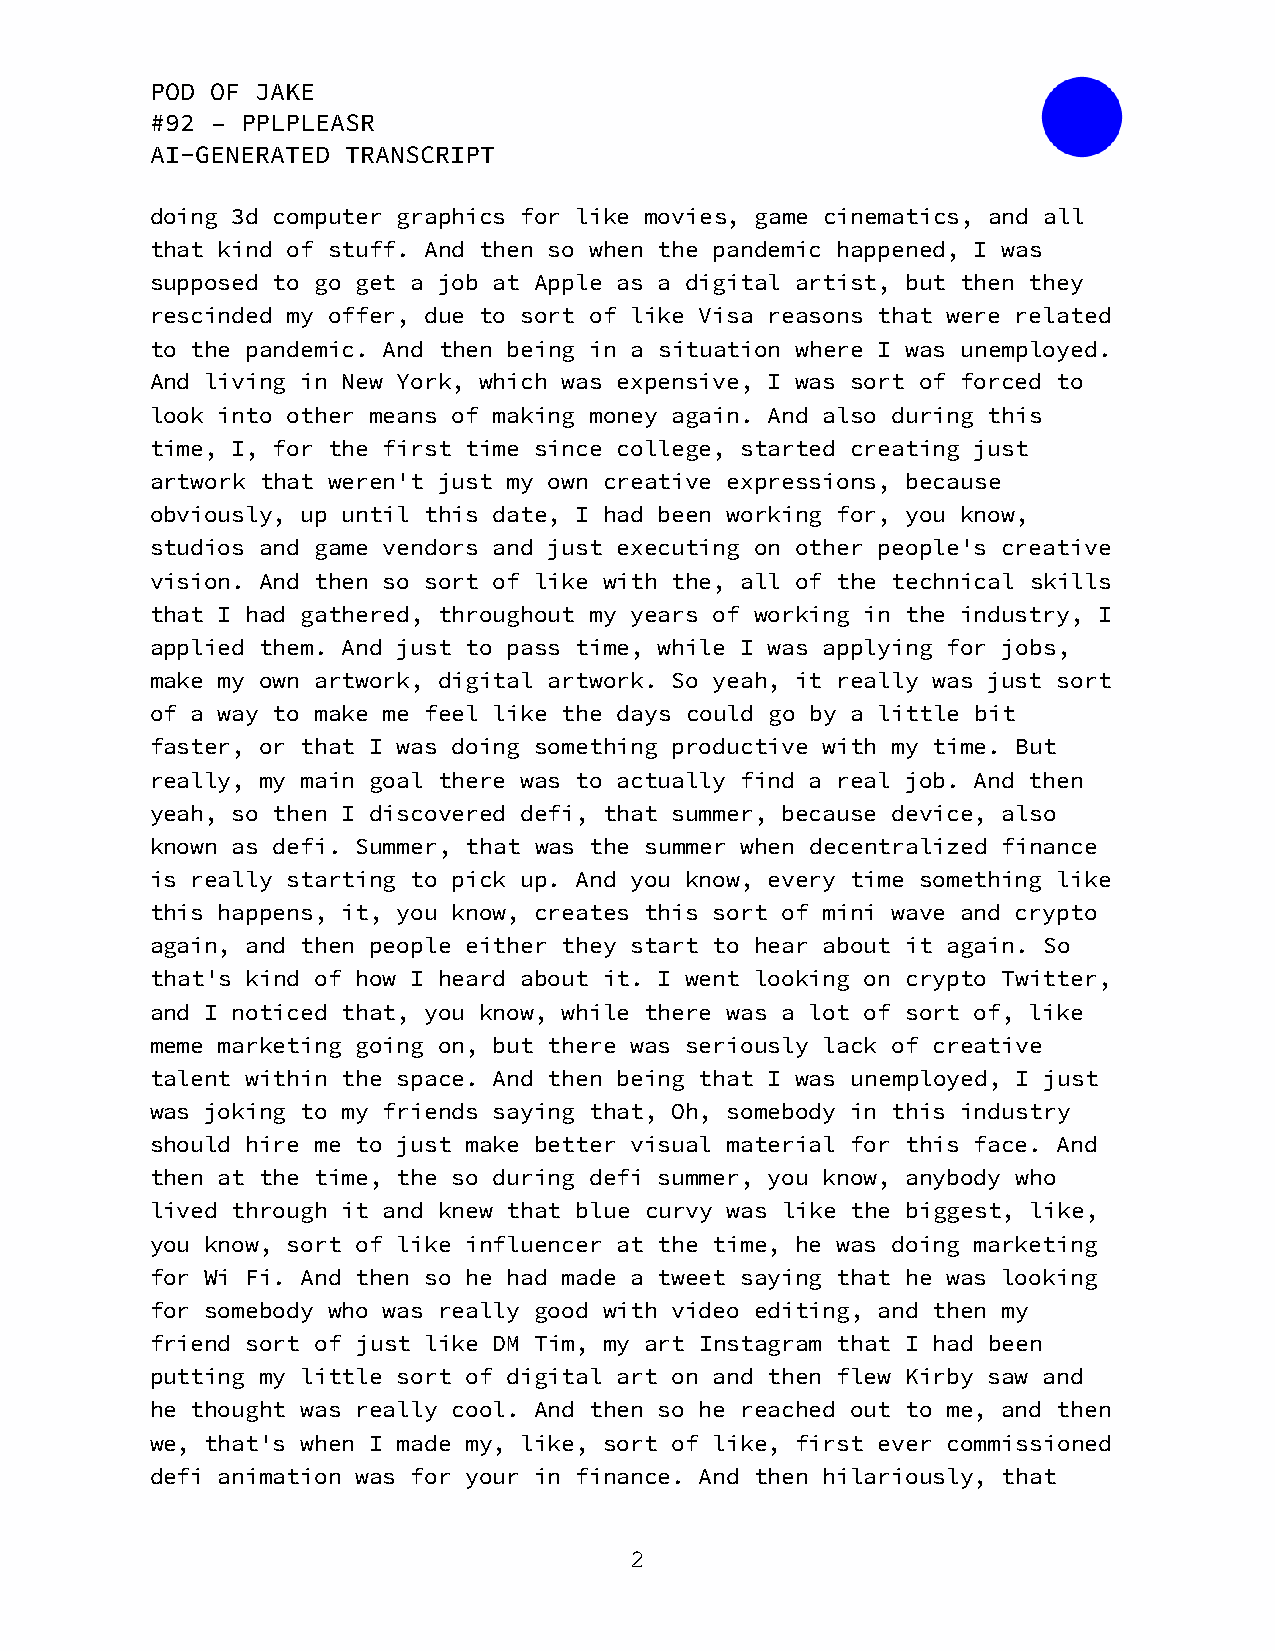
POD OF JAKE
 #92 – PPLPLEASR
 AI-GENERATED TRANSCRIPT
 doing 3d computer graphics for like movies, game cinematics, and all
 that kind of stuff. And then so when the pandemic happened, I was
 supposed to go get a job at Apple as a digital artist, but then they
 rescinded my offer, due to sort of like Visa reasons that were related
 to the pandemic. And then being in a situation where I was unemployed.
 And living in New York, which was expensive, I was sort of forced to
 look into other means of making money again. And also during this
 time, I, for the first time since college, started creating just
 artwork that weren't just my own creative expressions, because
 obviously, up until this date, I had been working for, you know,
 studios and game vendors and just executing on other people's creative
 vision. And then so sort of like with the, all of the technical skills
 that I had gathered, throughout my years of working in the industry, I
 applied them. And just to pass time, while I was applying for jobs,
 make my own artwork, digital artwork. So yeah, it really was just sort
 of a way to make me feel like the days could go by a little bit
 faster, or that I was doing something productive with my time. But
 really, my main goal there was to actually find a real job. And then
 yeah, so then I discovered defi, that summer, because device, also
 known as defi. Summer, that was the summer when decentralized finance
 is really starting to pick up. And you know, every time something like
 this happens, it, you know, creates this sort of mini wave and crypto
 again, and then people either they start to hear about it again. So
 that's kind of how I heard about it. I went looking on crypto Twitter,
 and I noticed that, you know, while there was a lot of sort of, like
 meme marketing going on, but there was seriously lack of creative
 talent within the space. And then being that I was unemployed, I just
 was joking to my friends saying that, Oh, somebody in this industry
 should hire me to just make better visual material for this face. And
 then at the time, the so during defi summer, you know, anybody who
 lived through it and knew that blue curvy was like the biggest, like,
 you know, sort of like influencer at the time, he was doing marketing
 for Wi Fi. And then so he had made a tweet saying that he was looking
 for somebody who was really good with video editing, and then my
 friend sort of just like DM Tim, my art Instagram that I had been
 putting my little sort of digital art on and then flew Kirby saw and
 he thought was really cool. And then so he reached out to me, and then
 we, that's when I made my, like, sort of like, first ever commissioned
 defi animation was for your in finance. And then hilariously, that
 2